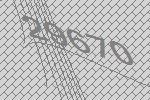
29670